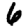
Digit: 6